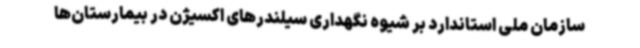
سازمان ملی استاندارد بر شیوه نگهداری سیلندرهای اکسیژن در بیمارستان‌ها